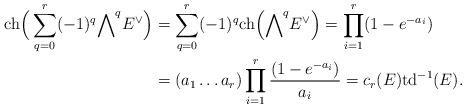
LaTeX: \begin{align*}\mathrm{ch}\Big(\sum_{q=0}^r (-1)^q {\bigwedge}^{q} E^\vee\Big)&= \sum_{q=0}^r (-1)^q \mathrm{ch}\Big({\bigwedge}^q E^\vee\Big)=\prod_{i=1}^r (1- e^{-a_{i}})\\&=(a_1\ldots a_r) \prod_{i=1}^r \frac{(1- e^{-a_{i}})}{a_i}=c_r(E) \mathrm{td}^{-1}(E).\end{align*}